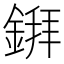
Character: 𫒲